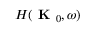
H ( \textbf { K } _ { 0 } , \omega )